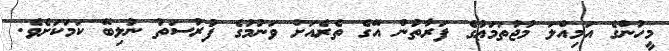
މީހުންގެ އަމިއްލަ މުޖުތަމަޢުގެ ފަރާތުން އޭގެ ތެރެއަށް ވަނުމުގެ ފުރުސަތު ނުލިބޭ ކަމަކަށެވެ.